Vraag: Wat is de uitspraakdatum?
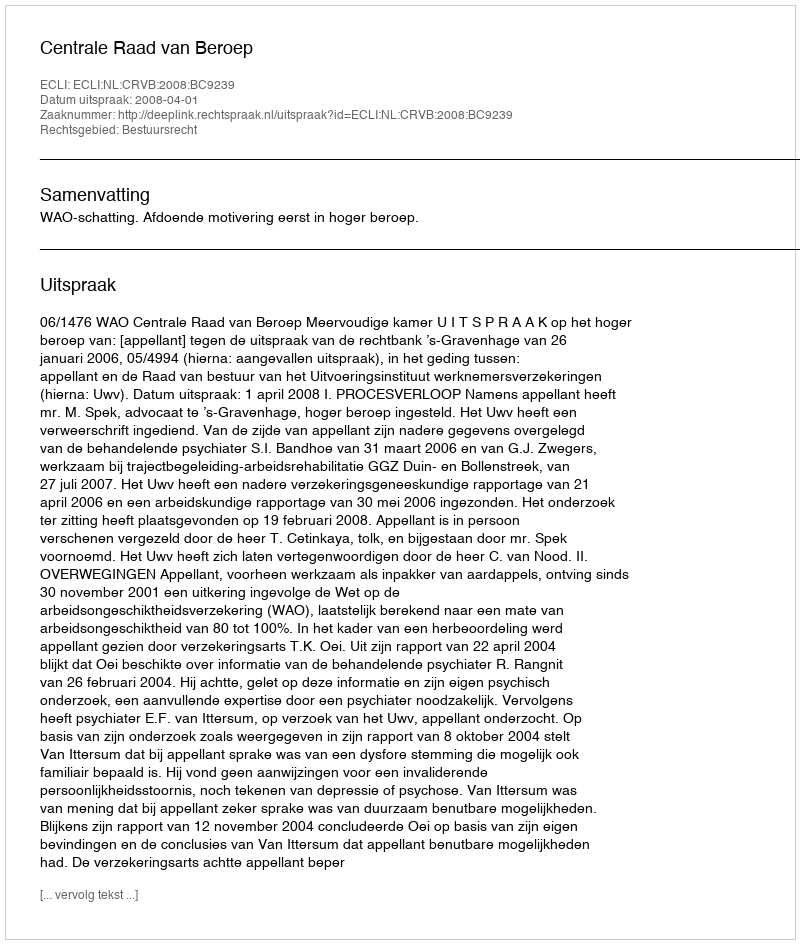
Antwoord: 2008-04-01